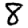
Digit: 8